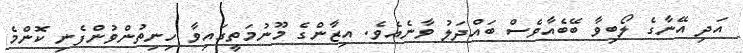
އަދި އޭނާގެ ލޯބިވާ ބޭބެއާވެސް ބައްދަލު ވާނެއެވެ. އިޒާންގެ މޫނުމަތީގައިވާ ހިނިތުންވުންފެނި ކޮންމެ